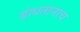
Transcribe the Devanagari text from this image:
बांधतानाच